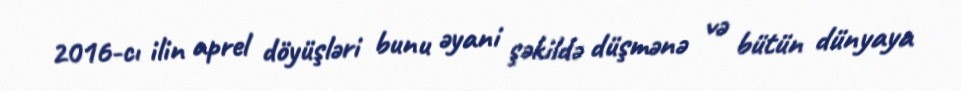
2016-cı ilin aprel döyüşləri bunu əyani şəkildə düşmənə və bütün dünyaya